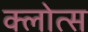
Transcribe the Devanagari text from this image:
क्लोत्स